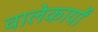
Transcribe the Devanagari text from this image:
वालेकार्यों